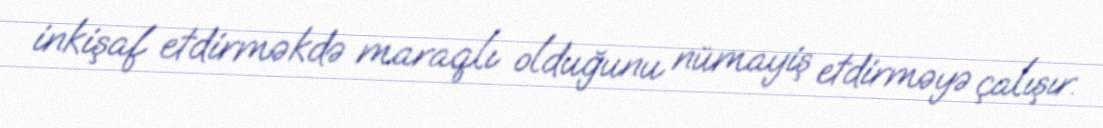
inkişaf etdirməkdə maraqlı olduğunu nümayiş etdirməyə çalışır.